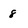
Character: 8